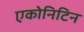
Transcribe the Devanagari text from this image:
एकोनिटिन